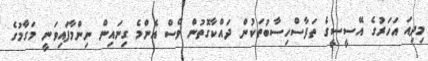
މިދިއަ އަހަރުގެ އޭސީސީގެ ތަފާސްހިސާބުތަކުން ދައްކާގޮތުން ވެސް އެންމެ ގިނައިން ނިންމާފައިވަނީ މަގާމުގެ